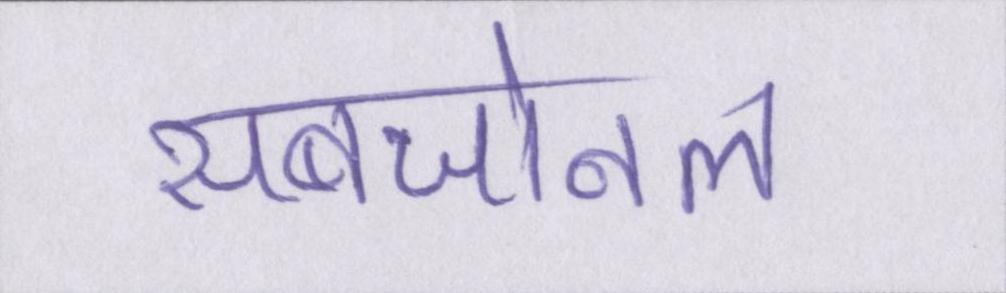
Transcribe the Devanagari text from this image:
सबजोनल